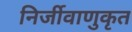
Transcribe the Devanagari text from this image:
निर्जीवाणुकृत